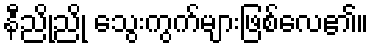
နီညိုညို သွေးကွက်များဖြစ်လေ၏။